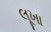
લૂખા